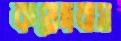
কয়েদবাস